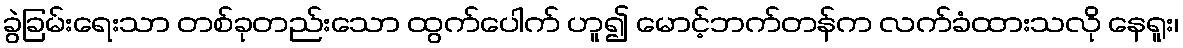
ခွဲခြမ်းရေးသာ တစ်ခုတည်းသော ထွက်ပေါက် ဟူ၍ မောင့်ဘက်တန်က လက်ခံထားသလို နေရူး၊